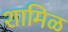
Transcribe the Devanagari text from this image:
शामिळ